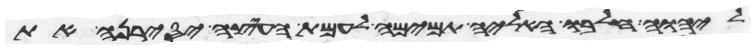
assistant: ליהוה חלבו האליה תמימה לעמת העצה יסירנה את